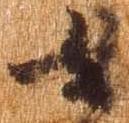
女